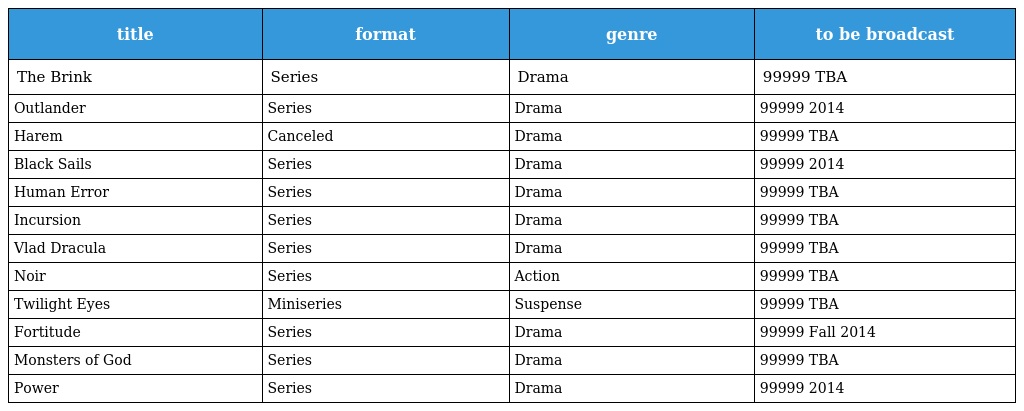
| title | format | genre | to be broadcast |
 | --- | --- | --- | --- |
 | The Brink | Series | Drama | 99999 TBA |
 | Outlander | Series | Drama | 99999 2014 |
 | Harem | Canceled | Drama | 99999 TBA |
 | Black Sails | Series | Drama | 99999 2014 |
 | Human Error | Series | Drama | 99999 TBA |
 | Incursion | Series | Drama | 99999 TBA |
 | Vlad Dracula | Series | Drama | 99999 TBA |
 | Noir | Series | Action | 99999 TBA |
 | Twilight Eyes | Miniseries | Suspense | 99999 TBA |
 | Fortitude | Series | Drama | 99999 Fall 2014 |
 | Monsters of God | Series | Drama | 99999 TBA |
 | Power | Series | Drama | 99999 2014 |